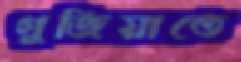
গুজিয়াতে